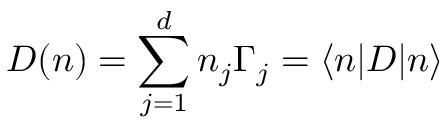
D ( n ) = \sum _ { j = 1 } ^ { d } n _ { j } \Gamma _ { j } = \langle n | D | n \rangle